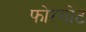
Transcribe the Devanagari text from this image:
फोरगोट